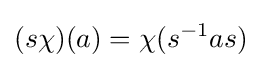
(s\chi )(a)=\chi (s^{-1}as)